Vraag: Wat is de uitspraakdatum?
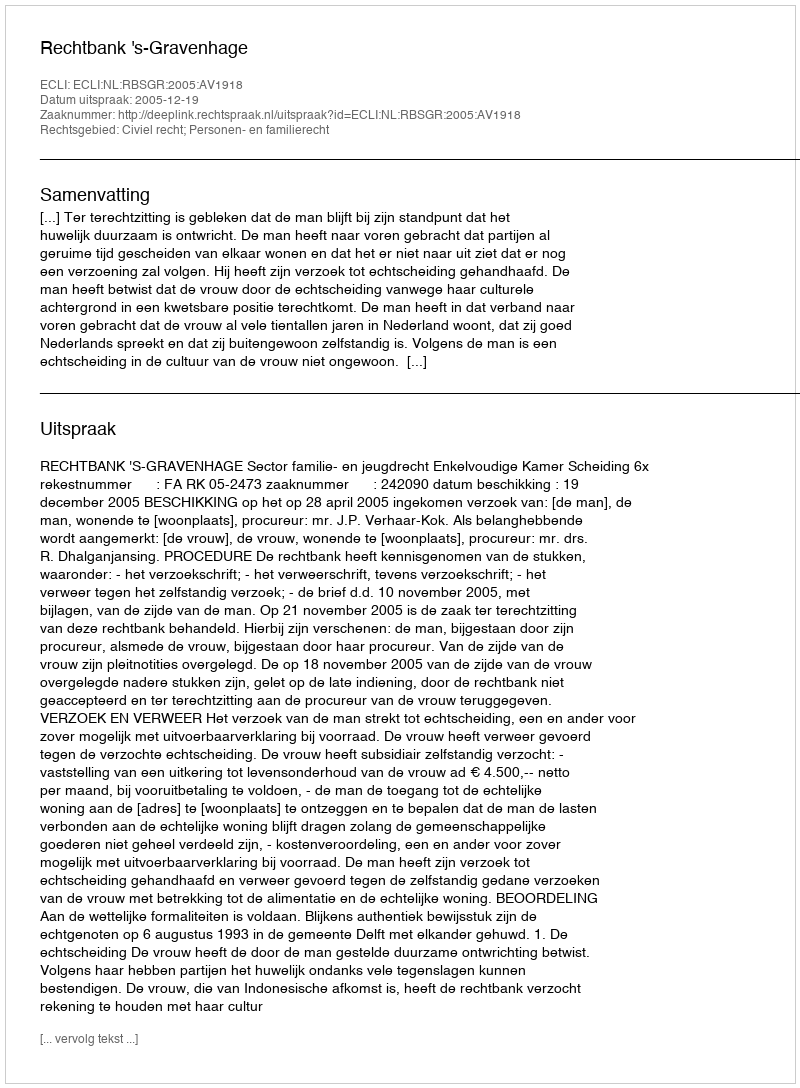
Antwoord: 2005-12-19